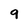
Character: 9